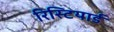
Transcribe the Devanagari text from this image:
रिस्टियार्ड